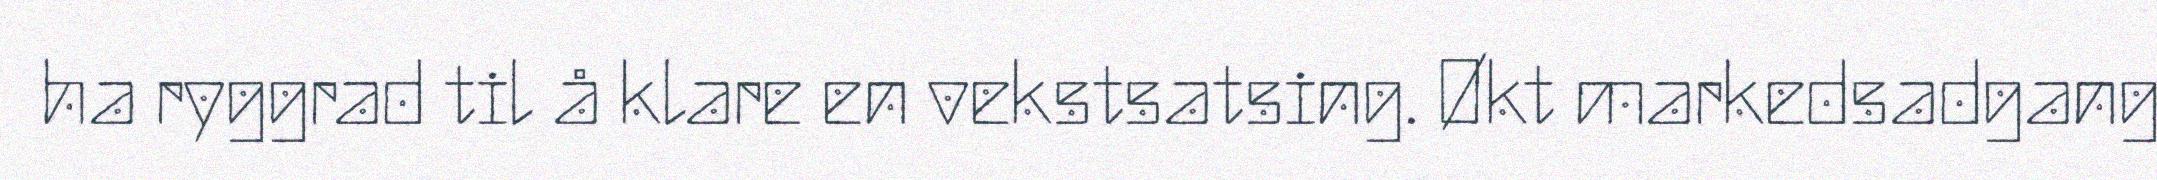
ha ryggrad til å klare en vekstsatsing. Økt markedsadgang